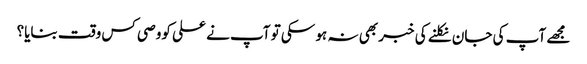
مجھے آپ کی جان نکلنے کی خبر بھی نہ ہو سکی تو آپ نے علی کووصی کس وقت بنایا؟